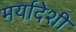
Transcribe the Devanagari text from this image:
मर्यादेशी